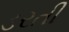
ડરતી